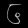
Digit: ၆